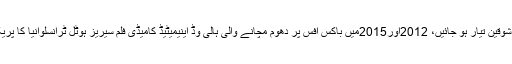
09 مئی2018ء) ڈریکولا، مونسٹرز اور چڑیلوں بھوتوں کے شوقین تیار ہو جائیں، 2012اور2015میں باکس آفس پر دھوم مچانے والی ہالی وڈ اینیمیٹیڈ کامیڈی فلم سیریز ہوٹل ٹرانسلوانیا کا پریکوئل بھی تیار کر لیا گیا ہے جس کا نیا کلپ جاری کر دیا گیا ۔